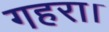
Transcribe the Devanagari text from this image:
गहरा।